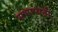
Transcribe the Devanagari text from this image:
सभापाती